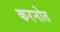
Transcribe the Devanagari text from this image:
करनोत